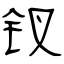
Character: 钗